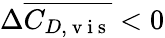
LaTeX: \Delta\overline{{C_{D,\mathrm{~v~i~s~}}}}<0